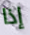
إذا